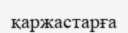
қаржастарға